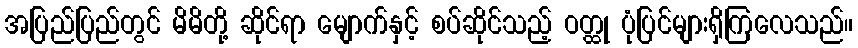
အပြည်ပြည်တွင် မိမိတို့ ဆိုင်ရာ မျောက်နှင့် စပ်ဆိုင်သည့် ဝတ္ထု ပုံပြင်များရှိကြလေသည်။